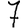
Digit: 7